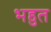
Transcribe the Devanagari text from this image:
भहुत